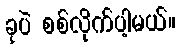
ခုပဲ စစ်လိုက်ပါ့မယ်။